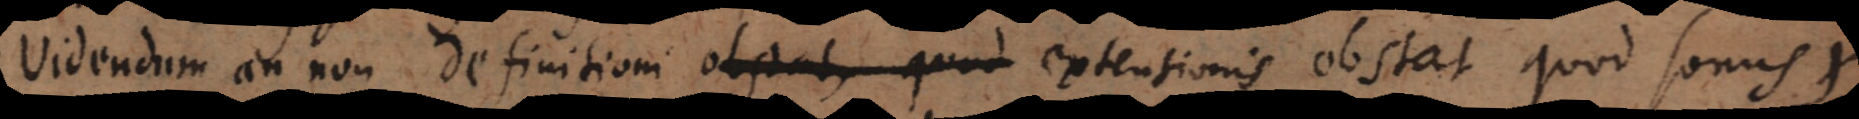
Videndum an non definitioni obstat, quod extensionis obstat quod sonus